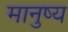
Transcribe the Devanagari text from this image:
मानुष्य